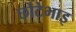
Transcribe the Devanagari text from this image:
छोटेभाइ